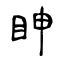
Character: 眒